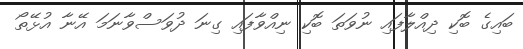
ބައިގެ ބޮކި ދިއްލާފައި ނުވަތަ ބޮކި ނިއްވާފައި ގިނަ ދުވަސްވާނަމަ އޭނާ އުޅޭތޯ